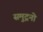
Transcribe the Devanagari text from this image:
समुद्रनो